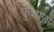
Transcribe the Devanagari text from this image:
कुशाणों